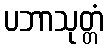
ပဘာသုတ္တံ